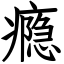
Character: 瘾